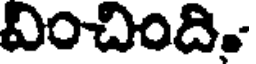
వించింది.